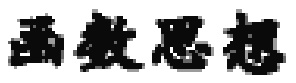
函数思想